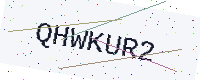
Text: QHWKUR2